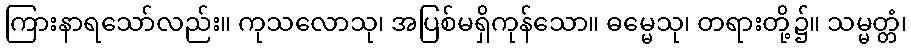
ကြားနာရသော်လည်း။ ကုသလောသု၊ အပြစ်မရှိကုန်သော။ ဓမ္မေသု၊ တရားတို့၌။ သမ္မတ္တံ၊